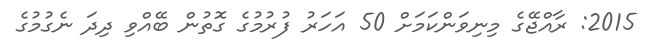
2015: ރާއްޖޭގެ މިނިވަންކަމަށް 50 އަހަރު ފުރުމުގެ ގޮތުން ބޭއްވި ދިދަ ނެގުމުގެ